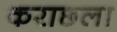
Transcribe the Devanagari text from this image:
कराछला